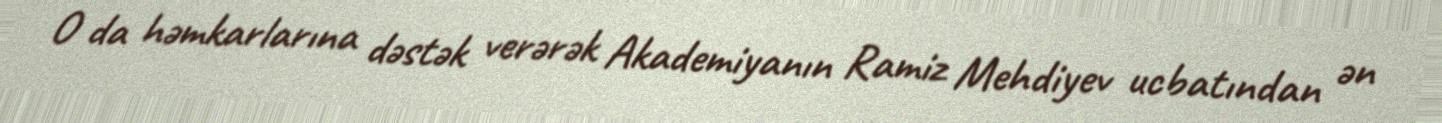
O da həmkarlarına dəstək verərək Akademiyanın Ramiz Mehdiyev ucbatından ən